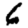
Digit: 6